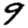
Digit: 9